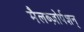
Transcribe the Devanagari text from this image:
मैलब्ज़ोर्पशन्